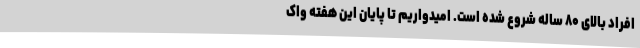
افراد بالای ۸۰ ساله شروع شده است. امیدواریم تا پایان این هفته واک